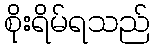
စိုးရိမ်ရသည်